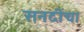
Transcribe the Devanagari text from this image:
सनदींचा